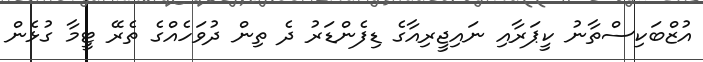
އުޒްބަކިސްތާނު ކީޕަރާއި ނައިޖީރިއާގެ ޑިފެންޑަރު ދެ ތިން ދުވަހެއްގެ ތެރޭ ޓީމާ ގުޅެން